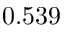
0 . 5 3 9